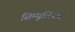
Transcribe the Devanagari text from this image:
सिम्यूलियम